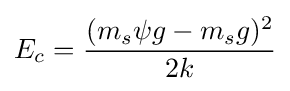
E_{c}={\frac {(m_{s}\psi g-m_{s}g)^{2}}{2k}}